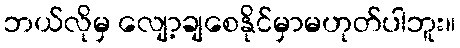
ဘယ်လိုမှ လျော့ချစေနိုင်မှာမဟုတ်ပါဘူး။